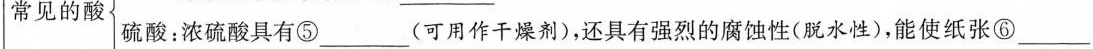
常见的酸硫酸：浓硫酸具有⑤___(可用作干燥剂)，还具有强烈的腐蚀性(脱水性)，能使纸张⑥___